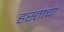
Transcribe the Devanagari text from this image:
हस्ताचा